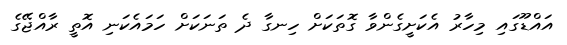
އައްޑޫގައި މިހާރު އެކަށީގެންވާ ގޮތަކަށް ހިނގާ ދެ ތަނަކަށް ހަމައެކަނި އޮތީ ރާއްޖޭގެ